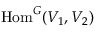
{ \mathrm { H o m } } ^ { G } ( V _ { 1 } , V _ { 2 } )